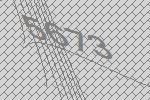
5673